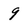
Character: 9